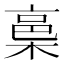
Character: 𭫋